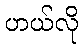
ဟယ်လို